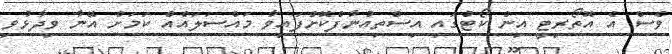
ވެސް އެ އޮތޯރިޓީ އިން ކޯޓުގައި އިސްތިއުނާފްކޮށްފައިވާ މައްސަލައެއް ކަމަށް އޭނާ ވިދާޅުވި